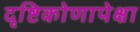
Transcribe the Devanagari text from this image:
दृष्टिकोणापेक्षा